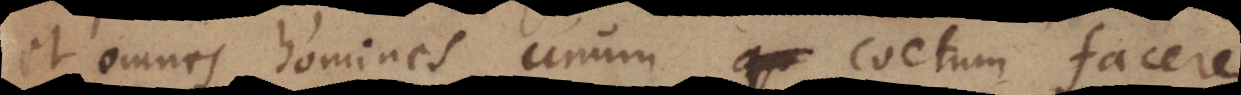
et omnes homines unum coetum facere